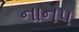
નાનપ